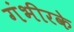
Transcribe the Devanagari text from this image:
गंभीरके